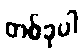
တစ်ခုပါ